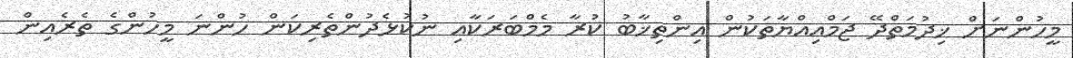
މީހުންނަށް ޚިދުމަތްދޭ ޖަމްއިއްޔާތަކުން އިންތިޚާބު ކުރާ މެމްބަރަކާއި ނުކުޅެދުންތެރިކަން ހުންނަ މީހުންގެ ތެރެއިން